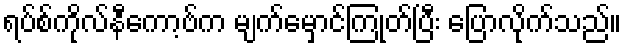
ရပ်စ်ကိုလ်နီကော့ဗ်က မျက်မှောင်ကြုတ်ပြီး ပြောလိုက်သည်။